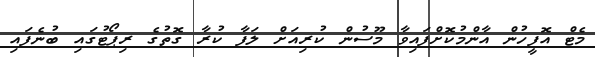
މެޓް އޮފީހުން އާންމުކޮށްފައިވާ މޫސުން ކުރިއަށް ލަފާ ކުރާ ގޮތުގެ ރިޕޯޓުގައި ބުނެފައި